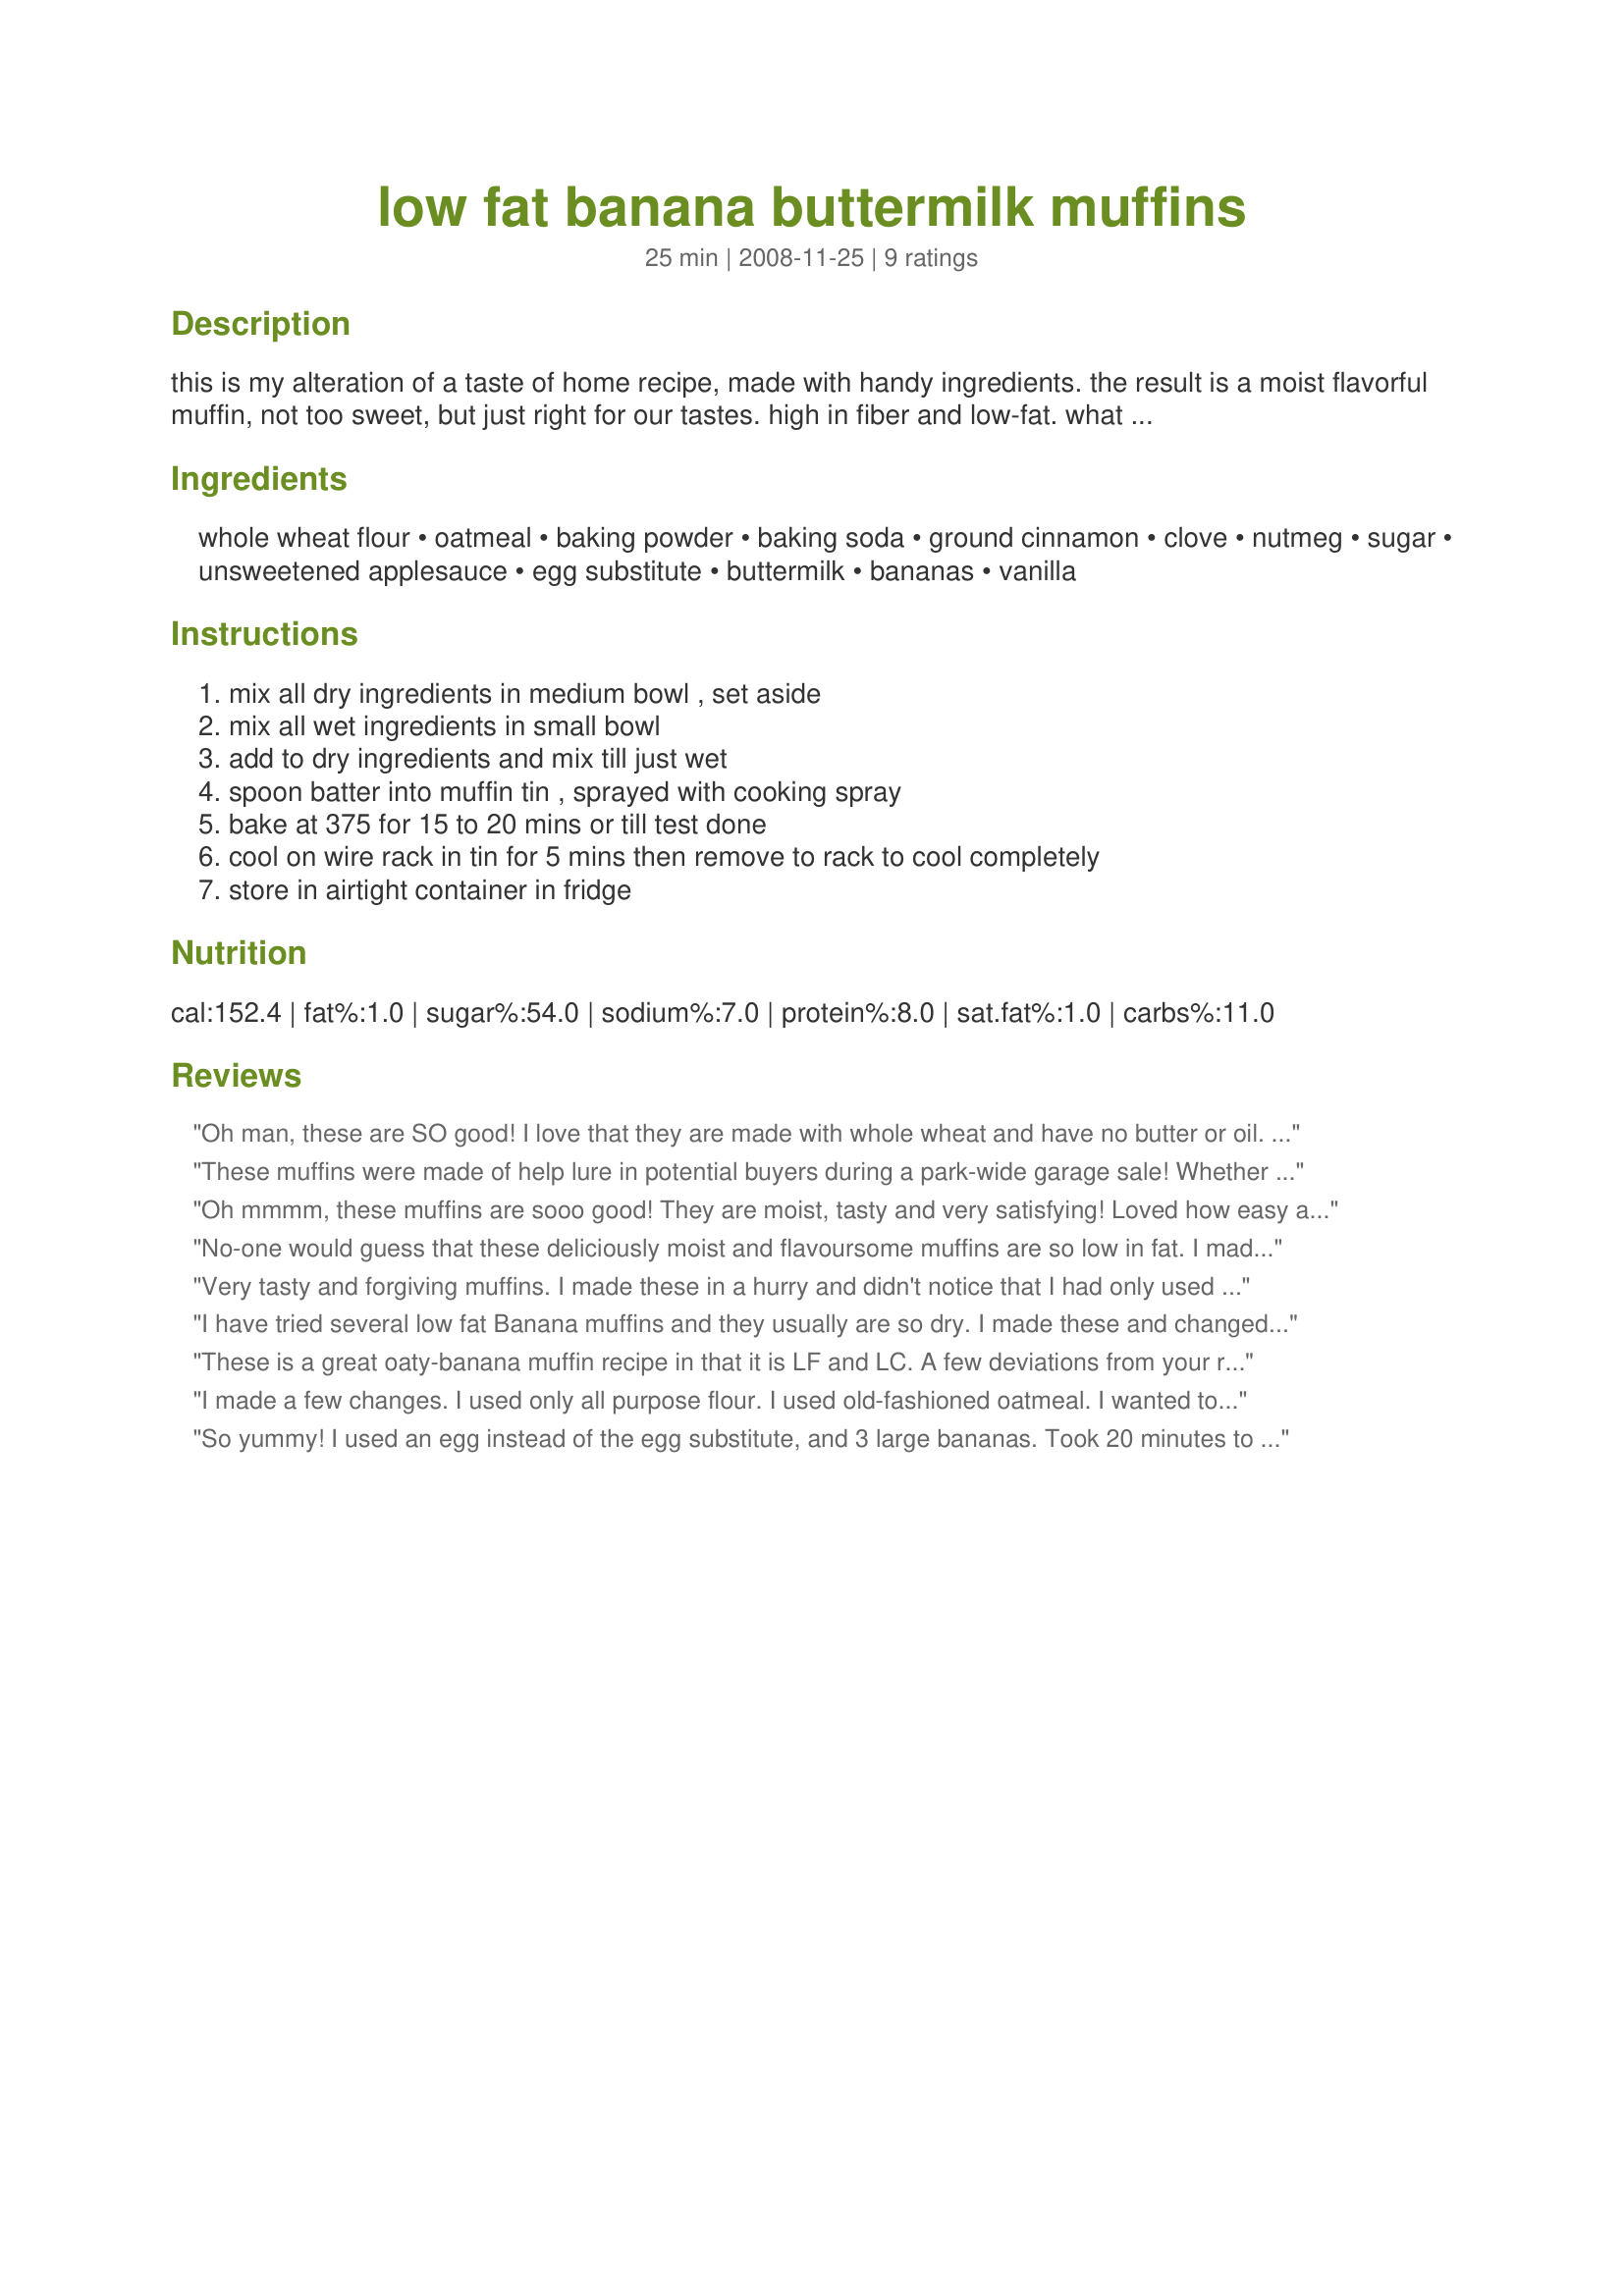
low fat banana buttermilk muffins
Preparation time: 25 minutes

this is my alteration of a taste of home recipe, made with handy ingredients. the result is a moist flavorful muffin, not too sweet, but just right for our tastes. high in fiber and low-fat. what else could you want.

Ingredients:
whole wheat flour, oatmeal, baking powder, baking soda, ground cinnamon, clove, nutmeg, sugar, unsweetened applesauce, egg substitute, buttermilk, bananas, vanilla

Steps:
mix all dry ingredients in medium bowl , set aside, mix all wet ingredients in small bowl, add to dry ingredients and mix till just wet, spoon batter into muffin tin , sprayed with cooking spray, bake at 375 for 15 to 20 mins or till test done, cool on wire rack in tin for 5 mins then remove to rack to cool completely, store in airtight container in fridge

Reviews:
Oh man, these are SO good! I love that they are made with whole wheat and have no butter or oil. I used all splenda in place of sugar and made no other substitutions. I used two good sized bananas and it seemed to be plenty. I did get 15 muffins out of this recipe - good thing too, cuz I ate three while they were warm out of the oven!! Thanks for a wonderful healthy banana muffin recipe MsSally :)
These muffins were made of help lure in potential buyers during a park-wide garage sale! Whether it gets me more buyers or just more of those who appreciate my baked goods, I'm not sure, but I enjoy doing it, & I really enjoyed making & eating these tasty muffins of yours! What with the healthy aspect & their great taste, they're definitely worth making again! Thanks for sharing the recipe! [Made & reviewed in I Recommend recipe tag]
Oh mmmm, these muffins are sooo good! They are moist, tasty and very satisfying! Loved how easy and quick these were to put together and how awesome they tasted! The wintery spices go great with the banana! YUM!<br/>I only made 1/4 the recipe for just my sis and me ending up with 4 nicely sized muffins. As my bananas were very ripe I left out the sugar and instead of a commercial egg sub, I used applesauce. That worked out really well.<br/>THANK YOU SO MUCH for sharing this definite keeper with us, MsSally! Ill make these again for sure!<br/>Made and reviewed for I Recommend Tag Game and the fruit event in the photo forum July 2011.
No-one would guess that these deliciously moist and flavoursome muffins are so low in fat. I made mine exactly to the recipe, except for using an egg rather than egg substitute, and I'll certainly be making them again! The free-range eggs I get direct from a workmate's farm are just SO delicious I've never been in the least tempted to seek out egg substitutes. Made for the EVERY DAY IS A HOLIDAY! game.
Very tasty and forgiving muffins. I made these in a hurry and didn't notice that I had only used 3/4 cup of flour (I made a 1/2 recipe). Some one had used the 1 cup and left it by the sink. Even so they were very good and baked nicely even if the dough was too soft. I know that they would have risen better if I had been paying attention. I love the very low fat content and with the use of Splenda I even cut back the sugar amount somewhat.
I have tried several low fat Banana muffins and they usually are so dry. I made these and changed a few ingredients. I'm on Weight Watchers and I just could not find a banana buttermilk muffin that sounded good and low in fat & calories. The ingredients that I used were canola oil instead of applesauce because I had no applesauce and used 1 regular egg instead of a egg substitute and I added 1 cup semi-sweet chocolate chips and these were wonderful. Nice and moist,had to watch the timer as I made jumbo muffins (about 8) and they took about 22 minutes to bake,keeping a eye on them. I use a cake tester to check them to make sure they are done completely. Do not over mix the batter just enough to get all ingredients mixed up. Definitely will be making these again. I put 4 in freezer to pull out when I'm craving something good to eat! Key to moist muffins is not to over bake them,keep a watch on them on the last few minutes. Don't know how many WW points these are but you have to treat yourself once in awhile.
These is a great oaty-banana muffin recipe in that it is LF and LC. A few deviations from your recipe - for the 1/2 cup unsweetned applesauce, I used homemade cinnamon flavored with a touch of sugar. I didn't have egg sub and so used 1 whole egg. Also, used Splenda sugar in place of regular. Other than that, followed as written. Thanks MsSally...this was made as a TY for your hosting duties here on Zaar. Kudo's!!
I made a few changes. I used only all purpose flour. I used old-fashioned oatmeal. I wanted to used applesauce but my jar was too old :( So I used canola oil. And instead of egg substitute (mine was frozen), I used 1 egg. I had 3 bananas. They are very yummy even though there are more fat. Thanks MsSally :) Made for Holiday tag
So yummy! I used an egg instead of the egg substitute, and 3 large bananas. Took 20 minutes to bake and came out very moist, which I was pleased with. I think next time I&#039;ll add some walnuts. I&#039;ve never used the applesauce/buttermilk combo, but it worked really well in place of oil or butter. Thanks for a keeper!
